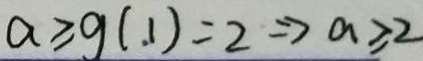
a \geq g ( 1 ) = 2 \Rightarrow a \geq 2